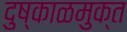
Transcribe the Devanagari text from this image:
दुष्काळमुक्त